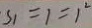
S _ { 1 } = 1 = 1 ^ { 2 }